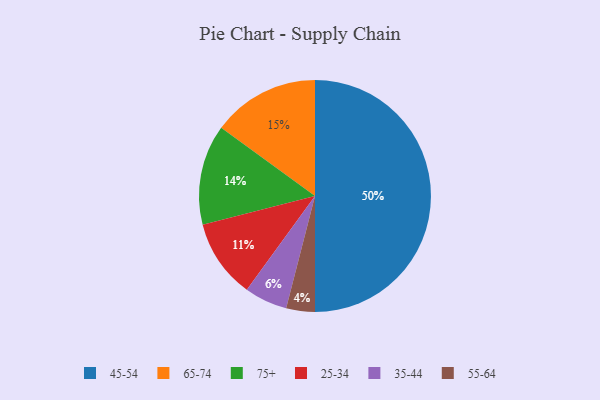
{"axis": {"x": "Category", "y": "Percentage"}, "legend": ["25-34", "35-44", "45-54", "55-64", "65-74", "75+"], "data": [{"x": "65-74", "y": 15, "type": "65-74"}, {"x": "35-44", "y": 6, "type": "35-44"}, {"x": "75+", "y": 14, "type": "75+"}, {"x": "45-54", "y": 50, "type": "45-54"}, {"x": "55-64", "y": 4, "type": "55-64"}, {"x": "25-34", "y": 11, "type": "25-34"}]}